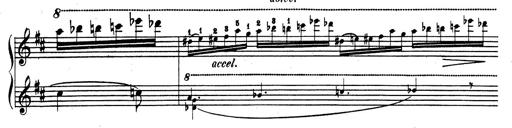
Title: Rhapsodie espagnole
Composer: Franz Liszt